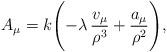
LaTeX: \begin{align*}A_\mu=k\Biggl(-\lambda\,\frac{v_\mu}{\rho^3}+\frac{a_\mu}{\rho^2}\Biggr),\end{align*}